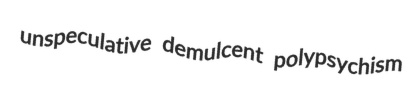
unspeculative demulcent polypsychism